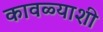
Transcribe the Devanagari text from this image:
कावळ्याशी